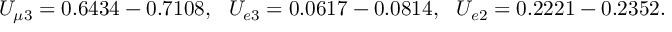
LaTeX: U _ { \mu 3 } = 0 . 6 4 3 4 - 0 . 7 1 0 8 , \ \ U _ { e 3 } = 0 . 0 6 1 7 - 0 . 0 8 1 4 , \ \ U _ { e 2 } = 0 . 2 2 2 1 - 0 . 2 3 5 2 .